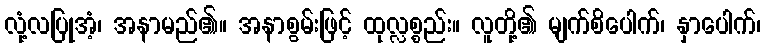
လုံ့လပြုအံ့၊ အနာမည်၏။ အနာစွမ်းဖြင့် ထုလ္လစ္စည်း။ လူတို့၏ မျက်စိပေါက်၊ နှာပေါက်၊